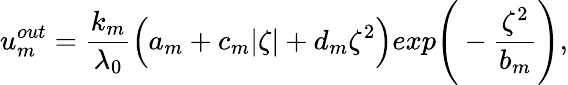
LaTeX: u_{m}^{out}=\frac{k_{m}}{\lambda_{0}}\Big(a_{m}+c_{m}|\zeta|+d_{m}\zeta^{2}\Big)exp\Bigg(-\frac{\zeta^{2}}{b_{m}}\Bigg),